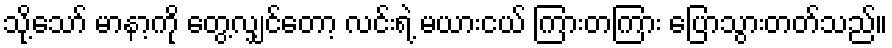
သို့သော် မာနာ့ကို တွေ့လျှင်တော့ လင်းရဲ့ မယားငယ် ကြားတကြား ပြောသွားတတ်သည်။